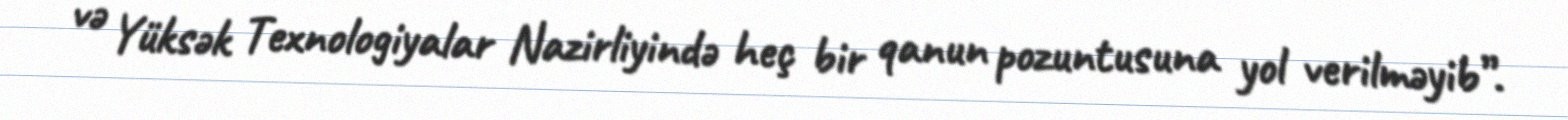
və Yüksək Texnologiyalar Nazirliyində heç bir qanun pozuntusuna yol verilməyib”.